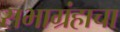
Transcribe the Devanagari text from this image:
सभाग्रंहाचा